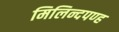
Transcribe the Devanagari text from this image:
मिलिन्दपण्ह